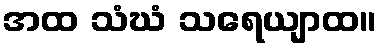
အထ သံဃံ သရေယျာထ။